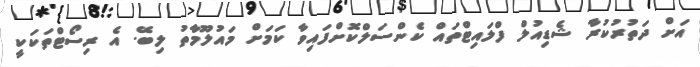
އަށް ދަތުރުކުރާ ޝެޑިއުލް ފްލައިޓްތައް ކެންސަލްކޮށްފައިވާ ކަމަށް މައުލޫމާތު ލިބޭ. އެ ރިސޯޓްތަކަކީ